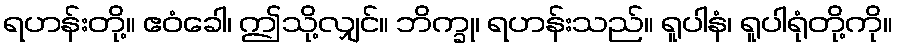
ရဟန်းတို့။ ဧဝံခေါ၊ ဤသို့လျှင်။ ဘိက္ခု၊ ရဟန်းသည်။ ရူပါနံ၊ ရူပါရုံတို့ကို။